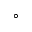
^ { \circ }